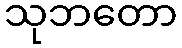
သုဘတော